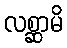
လစ္ဆာမိ